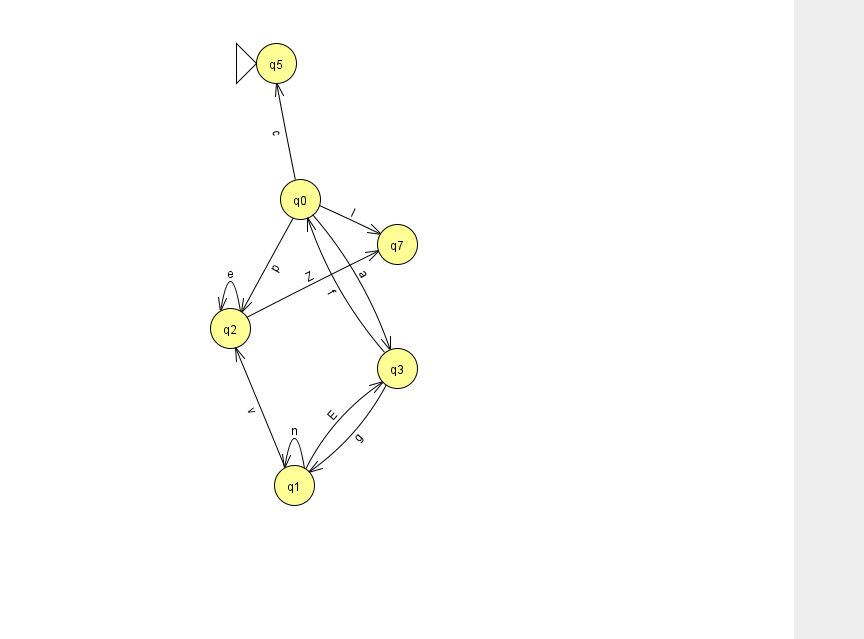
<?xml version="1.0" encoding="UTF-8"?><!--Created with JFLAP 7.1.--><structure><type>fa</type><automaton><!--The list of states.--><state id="0" name="q0"><x>300.0</x><y>186.0</y></state><state id="1" name="q1"><x>294.0</x><y>472.0</y></state><state id="2" name="q2"><x>230.0</x><y>315.0</y></state><state id="3" name="q3"><x>397.0</x><y>355.0</y></state><state id="5" name="q5"><x>276.0</x><y>50.0</y><initial/></state><state id="7" name="q7"><x>397.0</x><y>231.0</y></state><!--The list of transitions.--><transition><from>0</from><to>3</to><read>a</read></transition><transition><from>1</from><to>3</to><read>E</read></transition><transition><from>0</from><to>5</to><read>c</read></transition><transition><from>3</from><to>1</to><read>g</read></transition><transition><from>2</from><to>2</to><read>e</read></transition><transition><from>0</from><to>7</to><read>I</read></transition><transition><from>3</from><to>0</to><read>f</read></transition><transition><from>0</from><to>2</to><read>p</read></transition><transition><from>1</from><to>2</to><read>v</read></transition><transition><from>2</from><to>7</to><read>Z</read></transition><transition><from>1</from><to>1</to><read>n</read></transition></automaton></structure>